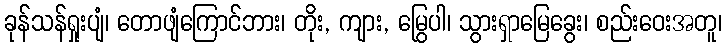
ခုန်သန်ရှုးပျံ၊ တောဖျံကြောင်ဘား၊ တိုး, ကျား, မြွေပါ၊ သွားရှာမြေခွေး၊ စည်းဝေးအတူ၊